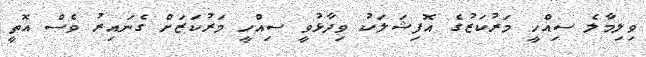
ވިލިމާލެ ސިއްހީ މަރުކަޒުގެ އޮފިޝަލަކު ވިދާޅުވީ ސިއްހީ މަރުކަޒަށް ގެނައިރު ވެސް އޮތީ